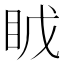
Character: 𪾤